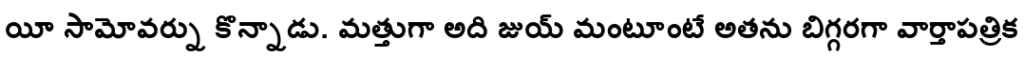
యీ సామోవర్ను కొన్నాడు. మత్తుగా అది జుయ్ మంటూంటే అతను బిగ్గరగా వార్తాపత్రిక